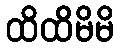
ထိထိမိမိ